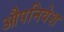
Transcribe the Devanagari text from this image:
औपनिवेश